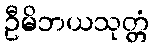
ဦမိဘယသုတ္တံ